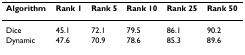
<table><thead><tr><td><b>Algorithm</b></td><td><b>Rank 1</b></td><td><b>Rank 5</b></td><td><b>Rank 10</b></td><td><b>Rank 25</b></td><td><b>Rank 50</b></td></tr></thead><tbody><tr><td>Dice</td><td>45.1</td><td>72.1</td><td>79.5</td><td>86.1</td><td>90.2</td></tr><tr><td>Dynamic</td><td>47.6</td><td>70.9</td><td>78.6</td><td>85.3</td><td>89.6</td></tr></tbody></table>